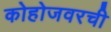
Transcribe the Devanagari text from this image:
कोहोजवरची